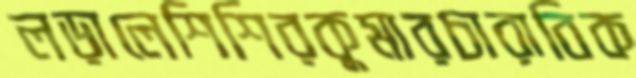
লড়ালেশিশিরকুমারচারাবিক